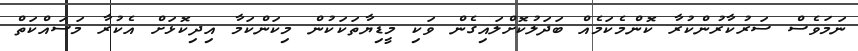
ނަމަވެސް ސަރުކާރުންކުރާ ކޮންމެކަމެއް ބަދަލުކޮށްލައިގެން ވަކި މީޑިޔާތަކަކުން މިކަންކަމާ އިދިކޮޅަށް އެކުރާ މަސައްކަތް